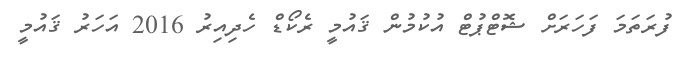
ފުރަތަމަ ފަހަރަށް ޝޮޓްޕުޓް އުކުމުން ޤައުމީ ރެކޯޑް ހެދިއިރު 2016 އަހަރު ޤައުމީ